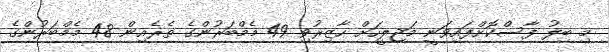
މި ބިލު ފާސްކޮށްފައިވަނީ މަޖިލީހަށް ހާޒިރުވި 49 މެމްބަރުންގެ ތެރެއިން 48 މެމްބަރުންގެ